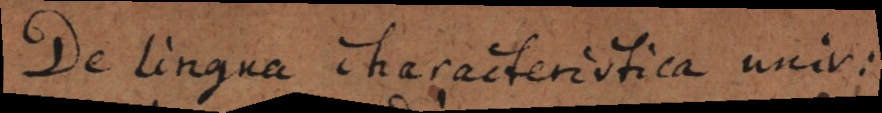
De lingua characteristica univ: